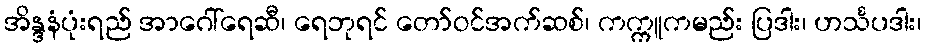
အိန္ဒနံပုံးရည် အာဂေါ်ရေဆီ၊ ရေဘုရင် တော်ဝင်အက်ဆစ်၊ ကက္ကူကမည်း ပြဒါး၊ ဟင်္သပဒါး၊